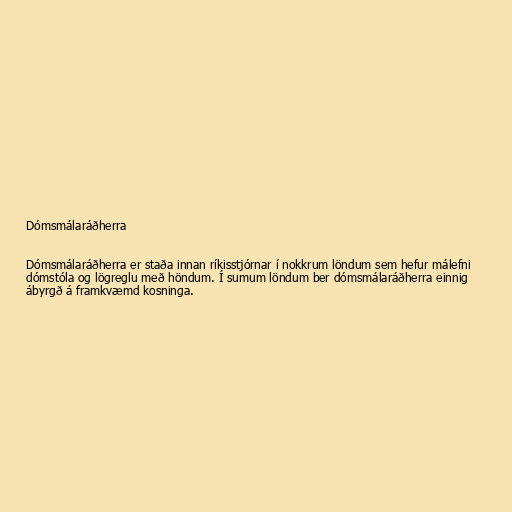
Dómsmálaráðherra

Dómsmálaráðherra er staða innan ríkisstjórnar í nokkrum löndum sem hefur málefni
dómstóla og lögreglu með höndum. Í sumum löndum ber dómsmálaráðherra einnig
ábyrgð á framkvæmd kosninga.